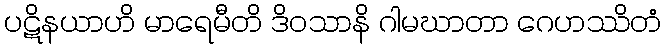
ပဋိနယာဟိ မာရေမီတိ ဒိဝသာနိ ဂါမဃာတာ ဂေဟဿိတံ